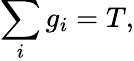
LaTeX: \sum_{i}g_{i}=T,